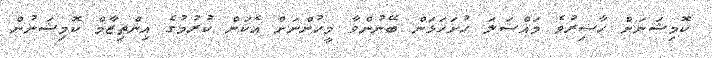
ކޮމިޝަނަށް ހާޟިރުވެ މައްސަލަ ހުށަހަޅަން ބޭނުންވާ މީހުންނަށް އެކަން ކުރުމުގެ އިންތިޒާމް ކޮމިޝަނުން